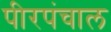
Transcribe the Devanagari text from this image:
पीरपंचाल